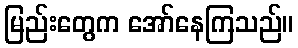
မြည်းတွေက အော်နေကြသည်။